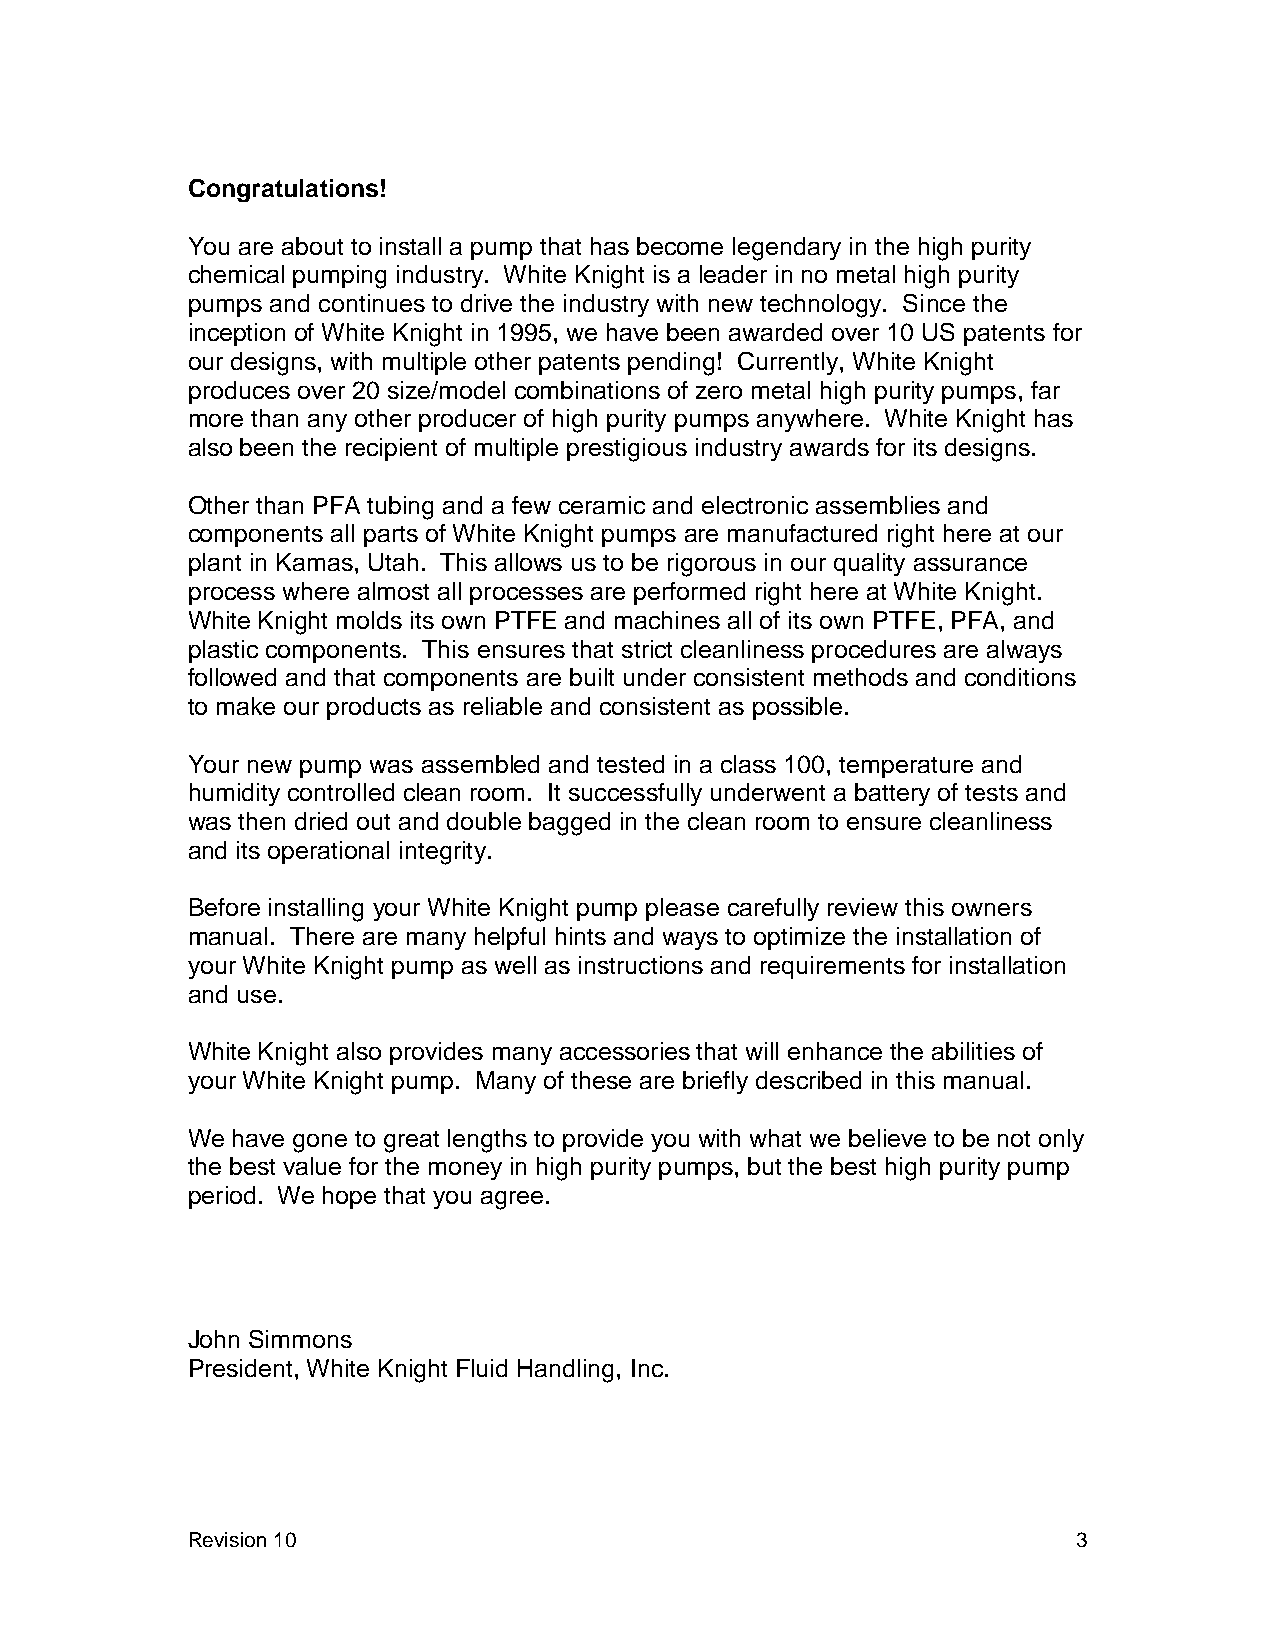
Congratulations!
 You are about to install a pump that has become legendary in the high purity
 chemical pumping industry. White Knight is a leader in no metal high purity
 pumps and continues to drive the industry with new technology. Since the
 inception of White Knight in 1995, we have been awarded over 10 US patents for
 our designs, with multiple other patents pending! Currently, White Knight
 produces over 20 size/model combinations of zero metal high purity pumps, far
 more than any other producer of high purity pumps anywhere. White Knight has
 also been the recipient of multiple prestigious industry awards for its designs.
 Other than PFA tubing and a few ceramic and electronic assemblies and
 components all parts of White Knight pumps are manufactured right here at our
 plant in Kamas, Utah. This allows us to be rigorous in our quality assurance
 process where almost all processes are performed right here at White Knight.
 White Knight molds its own PTFE and machines all of its own PTFE, PFA, and
 plastic components. This ensures that strict cleanliness procedures are always
 followed and that components are built under consistent methods and conditions
 to make our products as reliable and consistent as possible.
 Your new pump was assembled and tested in a class 100, temperature and
 humidity controlled clean room. It successfully underwent a battery of tests and
 was then dried out and double bagged in the clean room to ensure cleanliness
 and its operational integrity.
 Before installing your White Knight pump please carefully review this owners
 manual. There are many helpful hints and ways to optimize the installation of
 your White Knight pump as well as instructions and requirements for installation
 and use.
 White Knight also provides many accessories that will enhance the abilities of
 your White Knight pump. Many of these are briefly described in this manual.
 We have gone to great lengths to provide you with what we believe to be not only
 the best value for the money in high purity pumps, but the best high purity pump
 period. We hope that you agree.
 John Simmons
 President, White Knight Fluid Handling, Inc.
 Revision 10                                                3